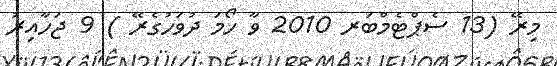
މިރޭ (13 ސެޕްޓެމްބަރ 2010 ވާ ހޯމަ ދުވަހުގެރޭ ) 9 ޖަހާއިރު